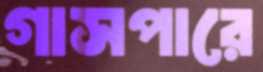
গাসপারে